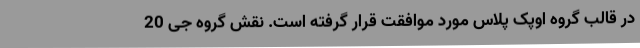
در قالب گروه اوپک پلاس مورد موافقت قرار گرفته است. نقش گروه جی 20